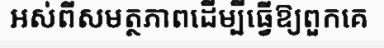
អស់ពីសមត្ថភាពដើម្បីធ្វើឱ្យពួកគេ